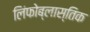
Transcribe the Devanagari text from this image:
लिंफोब्लास्तिक